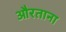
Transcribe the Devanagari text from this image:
औरताना